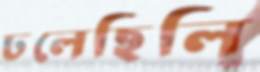
ঢলেছিলি